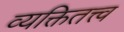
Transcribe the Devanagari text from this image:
व्यक्तितत्त्व